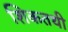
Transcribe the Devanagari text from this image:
शिकतथी